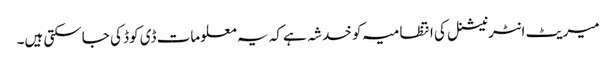
میریٹ انٹرنیشنل کی انتظامیہ کو خدشہ ہے کہ یہ معلومات ڈی کوڈ کی جاسکتی ہیں۔